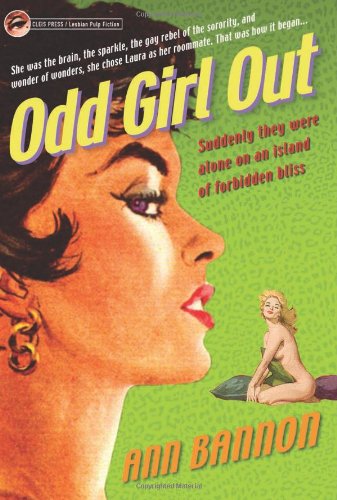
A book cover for Odd Girl Out; Ann Bannon; Romance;